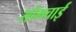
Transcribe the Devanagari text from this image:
सोमचाई